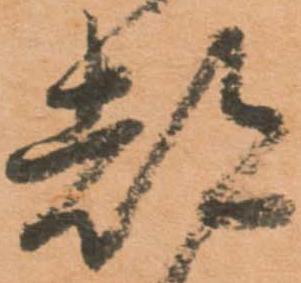
都